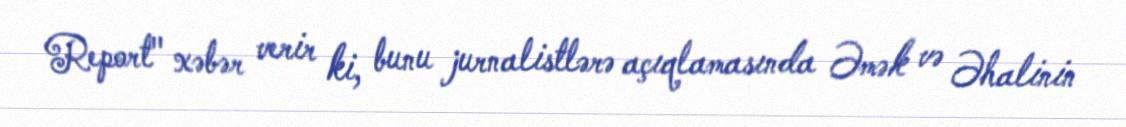
Report" xəbər verir ki, bunu jurnalistlərə açıqlamasında Əmək və Əhalinin